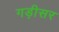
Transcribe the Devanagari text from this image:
गड़ीसर